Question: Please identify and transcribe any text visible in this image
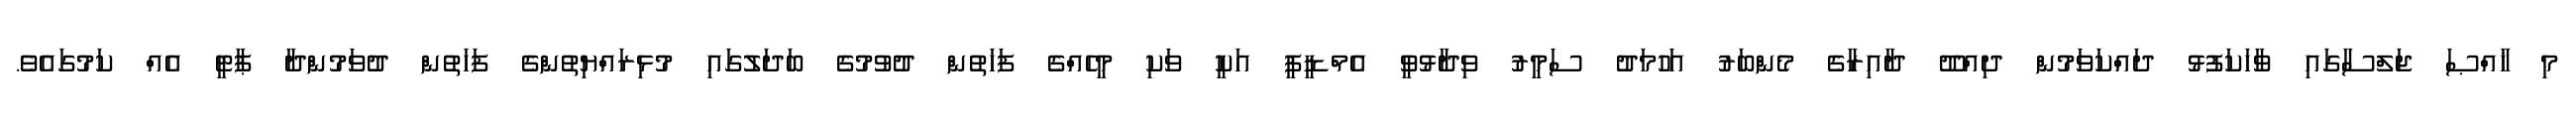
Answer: މި ޚާއްޞަ ޖަލްސާގައި ވާހަކަފުޅު ދައްކަވަމުން ދިއްދޫ ދާއިރާގެ މެންބަރު އަހުމަދު ސަމީރު ވިދާޅުވީ އެމްޑީޕީ އަކީ ވަކި މީހެއްގެ ފަހަތުން ދުވުމުގެ ބަދަލުގައި މުޅިރައްޔިތުންގެ ފަހަތުން ދުވަމުންދާ ޕާޓީ އެއް ކަމުގައެވެ.